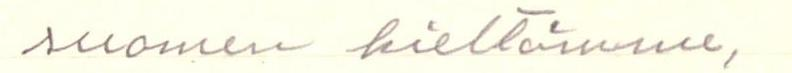
suomen kieltämme,